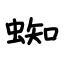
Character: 蜘